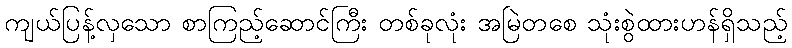
ကျယ်ပြန့်လှသော စာကြည့်ဆောင်ကြီး တစ်ခုလုံး အမြဲတစေ သုံးစွဲထားဟန်ရှိသည့်